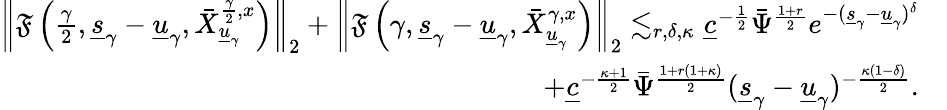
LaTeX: \begin{array}{rl}{\left\| \mathfrak{F}\left(\frac{\gamma}{2},\underline{{s}}_{\gamma}-\underline{{u}}_{\gamma},\bar{X}_{\underline{{u}}_{\gamma}}^{\frac{\gamma}{2},x}\right)\right\| _{2}+\left\| \mathfrak{F}\left({\gamma},\underline{{s}}_{\gamma}-\underline{{u}}_{\gamma},\bar{X}_{\underline{{u}}_{\gamma}}^{\gamma,x}\right)\right\| _{2}\lesssim_{r,\delta,\kappa}\underline{{c}}^{-\frac{1}{2}}\bar{\Psi}^{\frac{1+r}{2}}e^{-(\underline{{s}}_{\gamma}-\underline{{u}}_{\gamma})^{\delta}}}&{}\\ {+\underline{{c}}^{-\frac{\kappa+1}{2}}\bar{\Psi}^{\frac{1+r(1+\kappa)}{2}}(\underline{{s}}_{\gamma}-\underline{{u}}_{\gamma})^{-\frac{\kappa(1-\delta)}{2}}.}\end{array}